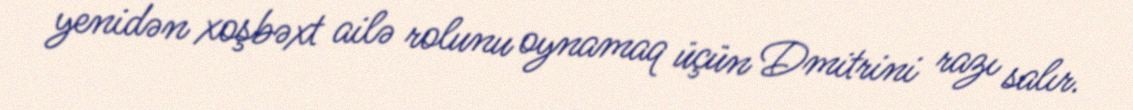
yenidən xoşbəxt ailə rolunu oynamaq üçün Dmitrini razı salır.